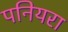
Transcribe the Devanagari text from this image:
पनियरा